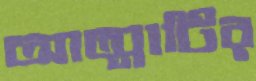
আত্মাটির